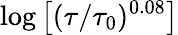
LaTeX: \log\left[(\tau/\tau_{0})^{0.08}\right]